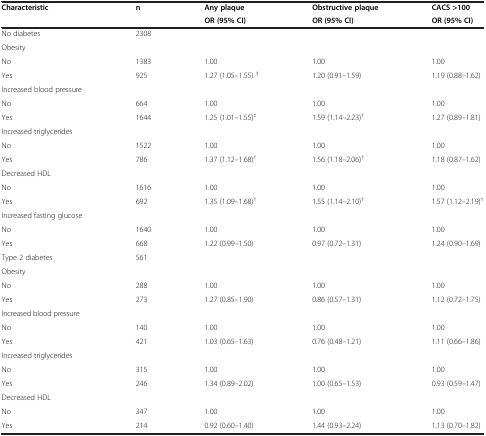
<table><thead><tr><td><b>Characteristic</b></td><td><b>n</b></td><td><b>Any plaque</b></td><td><b>Obstructive plaque</b></td><td><b>CACS &gt;100</b></td></tr><tr><td><b> </b></td><td><b> </b></td><td><b>OR (95% CI)</b></td><td><b>OR (95% CI)</b></td><td><b>OR (95% CI)</b></td></tr></thead><tbody><tr><td>No diabetes</td><td>2308</td><td> </td><td> </td><td> </td></tr><tr><td>Obesity</td><td> </td><td> </td><td> </td><td> </td></tr><tr><td>No</td><td>1383</td><td>1.00</td><td>1.00</td><td>1.00</td></tr><tr><td>Yes</td><td>925</td><td>1.27 (1.05–1.55) <sup>‡</sup></td><td>1.20 (0.91–1.59)</td><td>1.19 (0.88–1.62)</td></tr><tr><td>Increased blood pressure</td><td> </td><td> </td><td> </td><td> </td></tr><tr><td>No</td><td>664</td><td>1.00</td><td>1.00</td><td>1.00</td></tr><tr><td>Yes</td><td>1644</td><td>1.25 (1.01–1.55)<sup>‡</sup></td><td>1.59 (1.14–2.23)<sup>†</sup></td><td>1.27 (0.89–1.81)</td></tr><tr><td>Increased triglycerides</td><td> </td><td> </td><td> </td><td> </td></tr><tr><td>No</td><td>1522</td><td>1.00</td><td>1.00</td><td>1.00</td></tr><tr><td>Yes</td><td>786</td><td>1.37 (1.12–1.68)<sup>†</sup></td><td>1.56 (1.18–2.06)<sup>†</sup></td><td>1.18 (0.87–1.62)</td></tr><tr><td>Decreased HDL</td><td> </td><td> </td><td> </td><td> </td></tr><tr><td>No</td><td>1616</td><td>1.00</td><td>1.00</td><td>1.00</td></tr><tr><td>Yes</td><td>692</td><td>1.35 (1.09–1.68)<sup>†</sup></td><td>1.55 (1.14–2.10)<sup>†</sup></td><td>1.57 (1.12–2.19)<sup>†</sup></td></tr><tr><td>Increased fasting glucose</td><td> </td><td> </td><td> </td><td> </td></tr><tr><td>No</td><td>1640</td><td>1.00</td><td>1.00</td><td>1.00</td></tr><tr><td>Yes</td><td>668</td><td>1.22 (0.99–1.50)</td><td>0.97 (0.72–1.31)</td><td>1.24 (0.90–1.69)</td></tr><tr><td>Type 2 diabetes</td><td>561</td><td> </td><td> </td><td> </td></tr><tr><td>Obesity</td><td> </td><td> </td><td> </td><td> </td></tr><tr><td>No</td><td>288</td><td>1.00</td><td>1.00</td><td>1.00</td></tr><tr><td>Yes</td><td>273</td><td>1.27 (0.85–1.90)</td><td>0.86 (0.57–1.31)</td><td>1.12 (0.72–1.75)</td></tr><tr><td>Increased blood pressure</td><td> </td><td> </td><td> </td><td> </td></tr><tr><td>No</td><td>140</td><td>1.00</td><td>1.00</td><td>1.00</td></tr><tr><td>Yes</td><td>421</td><td>1.03 (0.65–1.63)</td><td>0.76 (0.48–1.21)</td><td>1.11 (0.66–1.86)</td></tr><tr><td>Increased triglycerides</td><td> </td><td> </td><td> </td><td> </td></tr><tr><td>No</td><td>315</td><td>1.00</td><td>1.00</td><td>1.00</td></tr><tr><td>Yes</td><td>246</td><td>1.34 (0.89–2.02)</td><td>1.00 (0.65–1.53)</td><td>0.93 (0.59–1.47)</td></tr><tr><td>Decreased HDL</td><td> </td><td> </td><td> </td><td> </td></tr><tr><td>No</td><td>347</td><td>1.00</td><td>1.00</td><td>1.00</td></tr><tr><td>Yes</td><td>214</td><td>0.92 (0.60–1.40)</td><td>1.44 (0.93–2.24)</td><td>1.13 (0.70–1.82)</td></tr></tbody></table>